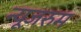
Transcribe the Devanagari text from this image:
न्यूजरुम